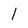
Character: l